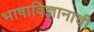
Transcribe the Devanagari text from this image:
भाषाविज्ञानाची